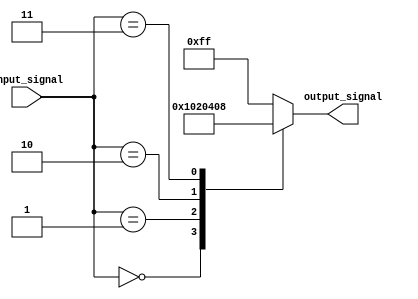
module full_case_statement (
input [3:0] input_signal,
output reg [7:0] output_signal
);

always @*
begin
    case(input_signal)
        4'b0000: output_signal = 8'b00000001;
        4'b0001: output_signal = 8'b00000010;
        4'b0010: output_signal = 8'b00000100;
        4'b0011: output_signal = 8'b00001000;
        // Add more cases as needed
        default: output_signal = 8'b11111111;
    endcase
end

endmodule